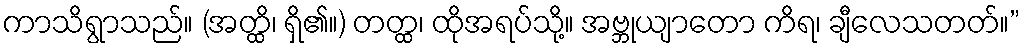
ကာသိရွာသည်။ (အတ္ထိ၊ ရှိ၏။) တတ္ထ၊ ထိုအရပ်သို့။ အဗ္ဘုယျာတော ကိရ၊ ချီလေသတတ်။”